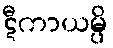
ဋီကာယမ္ပိ